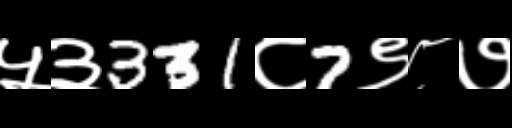
Text: ५३331८7९८७